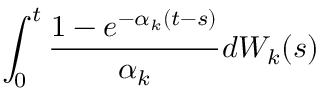
\int _ { 0 } ^ { t } \frac { 1 - e ^ { - \alpha _ { k } ( t - s ) } } { \alpha _ { k } } d W _ { k } ( s )